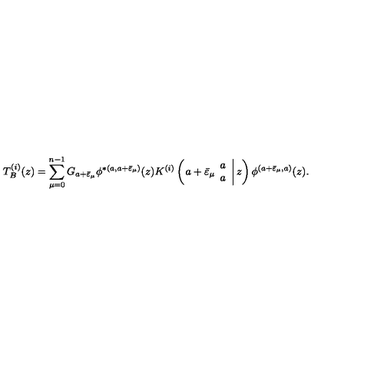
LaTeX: T _ { B } ^ { ( i ) } ( z ) = \displaystyle \sum _ { \mu = 0 } ^ { n - 1 } G _ { a + \bar { \varepsilon } _ { \mu } } \phi ^ { * ( a , a + \bar { \varepsilon } _ { \mu } ) } ( z ) K ^ { ( i ) } \left( \left. a + \bar { \varepsilon } _ { \mu } \begin{array} { c } { a } \\ { a } \\ \end{array} \right| z \right) \phi ^ { ( a + \bar { \varepsilon } _ { \mu } , a ) } ( z ) .